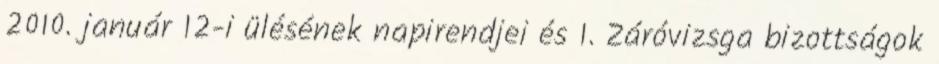
2010. január 12-i ülésének napirendjei és 1. Záróvizsga bizottságok